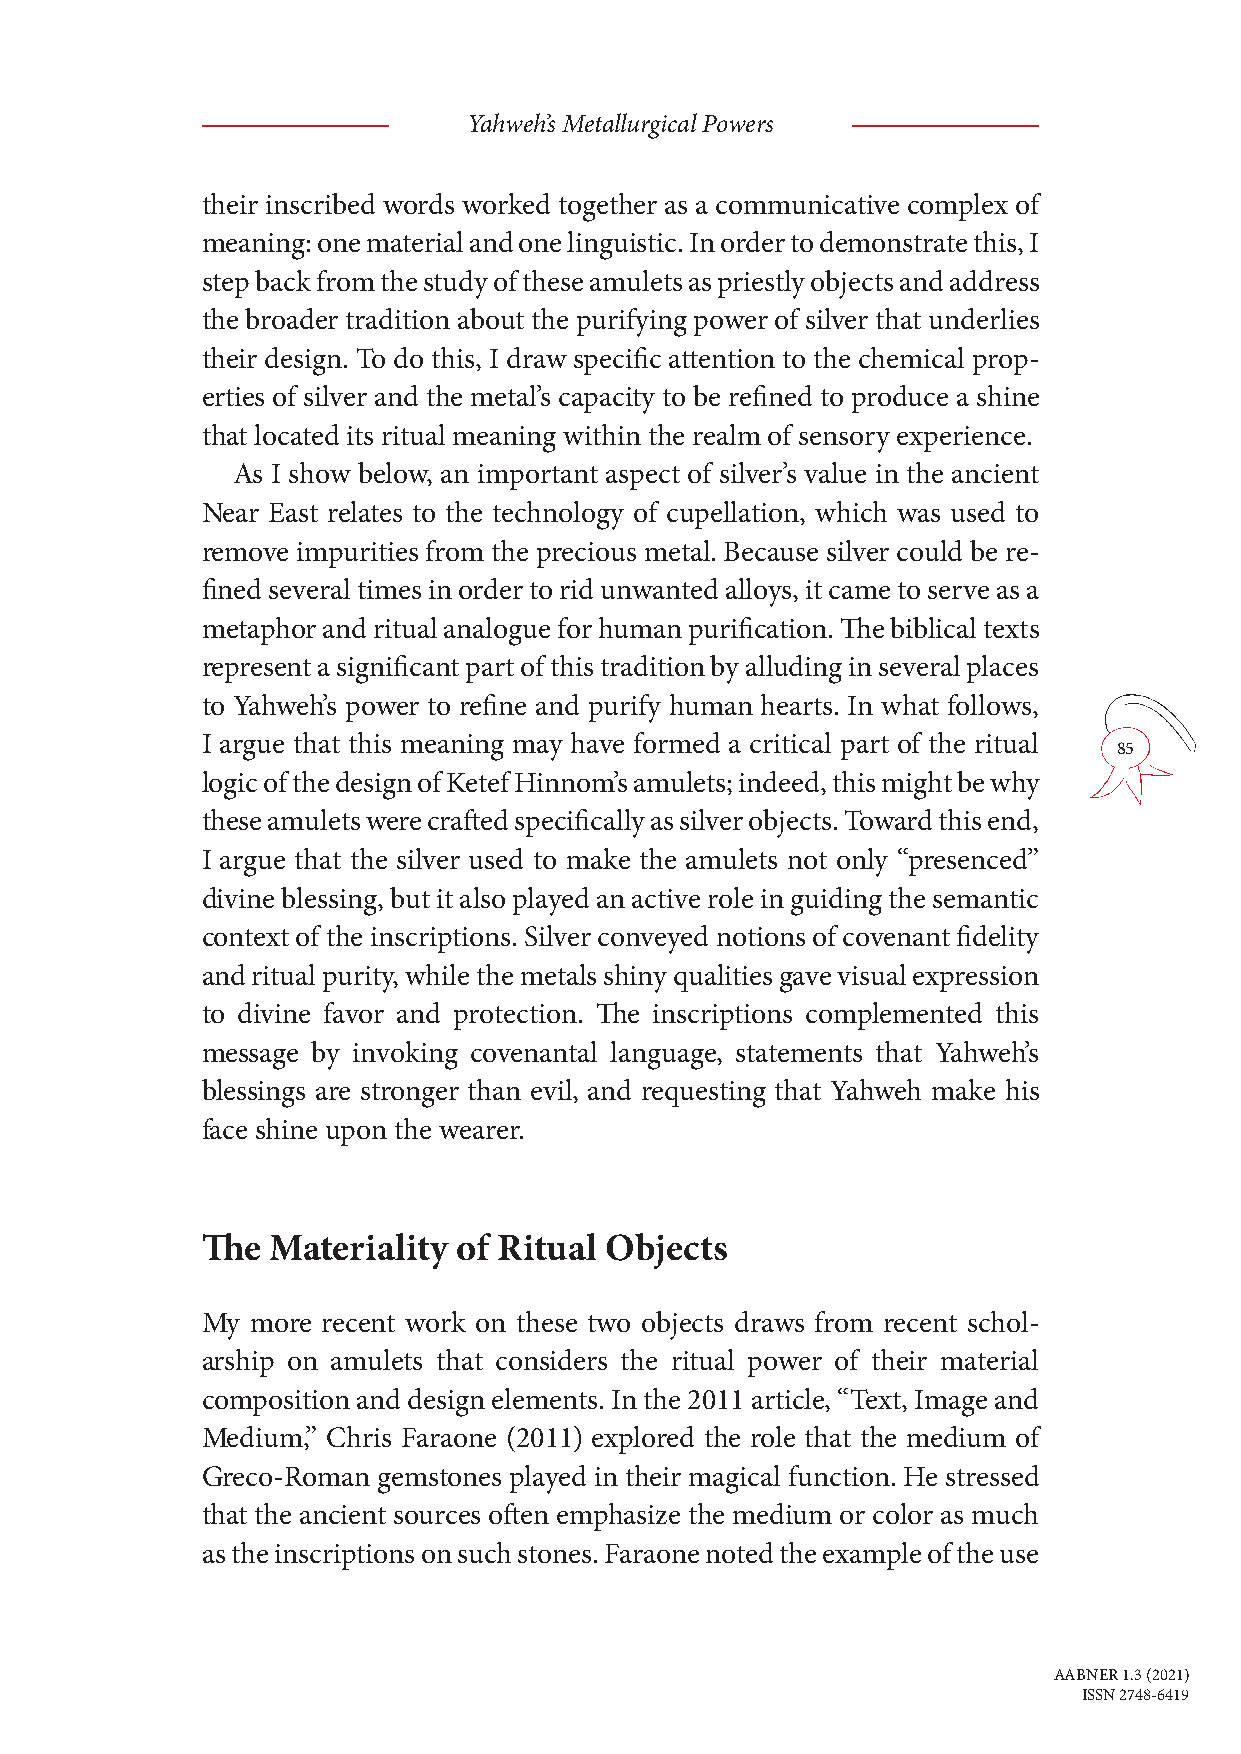
Yahweh’s Metallurgical Powers
 their inscribed words worked together as a communicative complex of
 meaning: one material and one linguistic. In order to demonstrate this, I
 step back from the study of these amulets as priestly objects and address
 the broader tradition about the purifying power of silver that underlies
 their design. To do this, I draw specific attention to the chemical prop-
 erties of silver and the metal’s capacity to be refined to produce a shine
 that located its ritual meaning within the realm of sensory experience.
 As I show below, an important aspect of silver’s value in the ancient
 Near East relates to the technology of cupellation, which was used to
 remove impurities from the precious metal. Because silver could be re-
 fined several times in order to rid unwanted alloys, it came to serve as a
 metaphor and ritual analogue for human purification. The biblical texts
 represent a significant part of this tradition by alluding in several places
 to Yahweh’s power to refine and purify human hearts. In what follows,
 I argue that this meaning may have formed a critical part of the ritual
 85
 logic of the design of Ketef Hinnom’s amulets; indeed, this might be why
 these amulets were crafted specifically as silver objects. Toward this end,
 I argue that the silver used to make the amulets not only “presenced”
 divine blessing, but it also played an active role in guiding the semantic
 context of the inscriptions. Silver conveyed notions of covenant fidelity
 and ritual purity, while the metals shiny qualities gave visual expression
 to divine favor and protection. The inscriptions complemented this
 message by invoking covenantal language, statements that Yahweh’s
 blessings are stronger than evil, and requesting that Yahweh make his
 face shine upon the wearer.
 The  Materiality of Ritual Objects
 My  more recent work on these two objects draws from recent schol-
 arship on amulets that considers the ritual power of their material
 composition and design elements. In the 2011 article, “Text, Image and
 Medium,” Chris Faraone (2011) explored the role that the medium of
 Greco-Roman gemstones played in their magical function. He stressed
 that the ancient sources often emphasize the medium or color as much
 as the inscriptions on such stones. Faraone noted the example of the use
 AABNER 1.3 (2021)
 ISSN 2748-6419